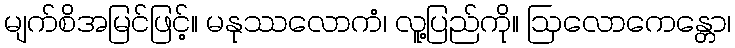
မျက်စိအမြင်ဖြင့်။ မနုဿလောကံ၊ လူ့ပြည်ကို။ ဩလောကေန္တော၊